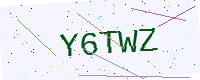
Text: Y6TWZ